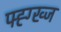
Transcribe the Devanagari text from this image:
फ्ह्ग्ख्ज